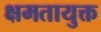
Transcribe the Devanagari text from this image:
क्षमतायुक्त